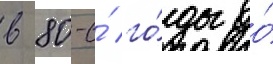
в 80-е́ го́ды до́